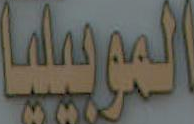
الموبيليا